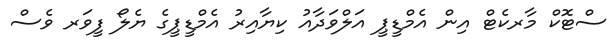
ސްޓޮކް މާރކެޓް އިން އެމްޑީޕީ އަލްވަދާއު ކިޔާއިރު އެމްޑީޕީގެ ޔެލޯ ފީވަރ ވެސް